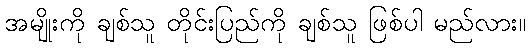
အမျိုးကို ချစ်သူ တိုင်းပြည်ကို ချစ်သူ ဖြစ်ပါ မည်လား။